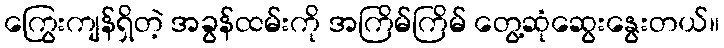
ကြွေးကျန်ရှိတဲ့ အခွန်ထမ်းကို အကြိမ်ကြိမ် တွေ့ဆုံဆွေးနွေးတယ်။